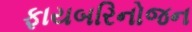
ફાયબરિનોજન